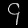
Digit: ၄